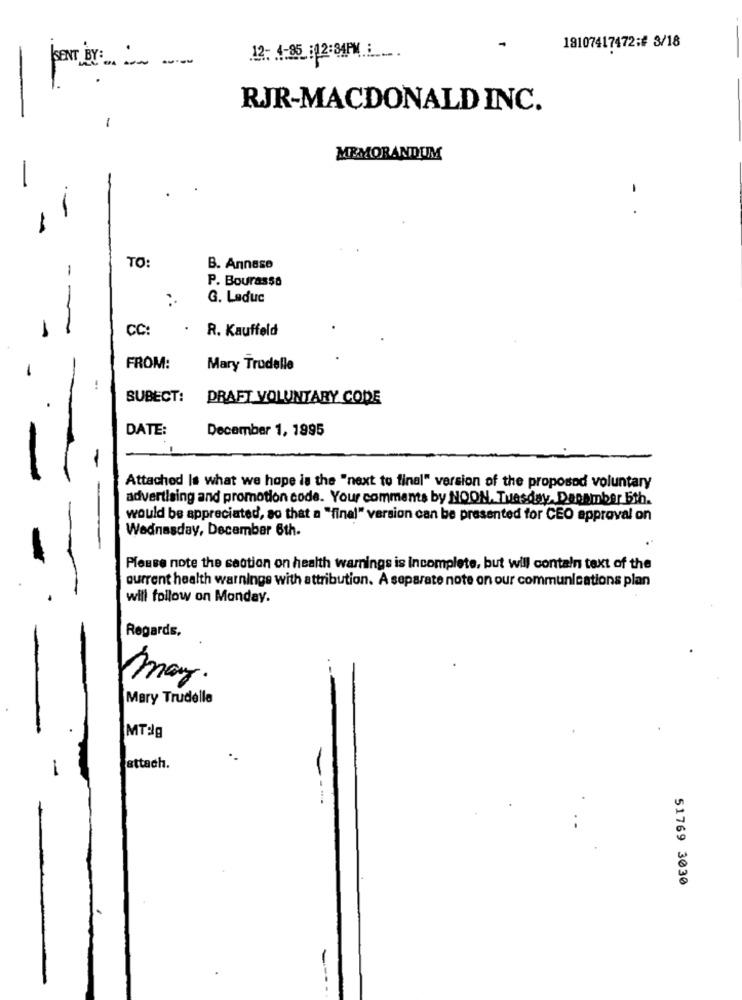
18107417472:# 3/18
12: 1:95 :12:34PM
pro . -
RJR-MACDONALD INC.
MEMORANDUM
.-
- .
TO:
-
B. Annase
P. Bourassa
G. Leduc
-
CC:
.
R. Kauffeld
FROM:
Mary Trudelle
SUBECT:
DRAFT VOLUNTARY CODE
DATE:
December 1, 1995
-
Attached Is what we hope is the "next to final" version of the proposed voluntary
advertising and promotion code. Your comments by NOON, Tuesday. December 5th.
would be appreciated, so that a "final" version can be presented for CEO approval on
Wednesday, December 6th.
Please note the saotion on health warnings is incomplete, but will contain text of the
current health warnings with attribution. A separate note on our communications plan
will follow on Monday.
Regards,
may.
Mary Trudelle
IMTdg
attach.
51769 3030